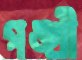
পঙ্খী